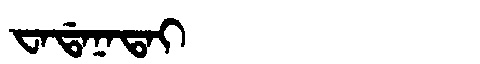
Manchu: ᠸᠠᡩᠠᠨᠠᡨᠠᡳ
Romanization: WADANATAI